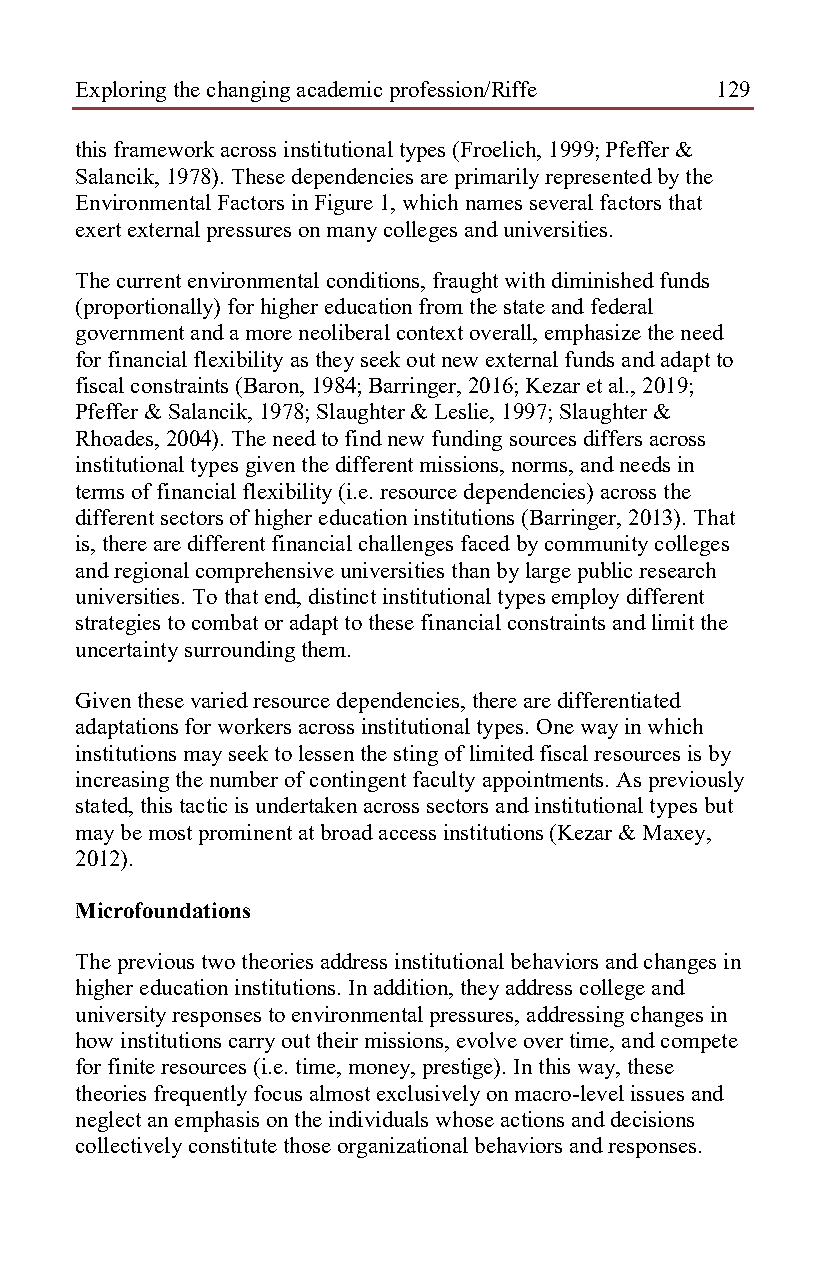
Exploring the changing academic profession/Riffe 129
 this framework across institutional types (Froelich, 1999; Pfeffer &
 Salancik, 1978). These dependencies are primarily represented by the
 Environmental Factors in Figure 1, which names several factors that
 exert external pressures on many colleges and universities.
 The current environmental conditions, fraught with diminished funds
 (proportionally) for higher education from the state and federal
 government and a more neoliberal context overall, emphasize the need
 for financial flexibility as they seek out new external funds and adapt to
 fiscal constraints (Baron, 1984; Barringer, 2016; Kezar et al., 2019;
 Pfeffer & Salancik, 1978; Slaughter & Leslie, 1997; Slaughter &
 Rhoades, 2004). The need to find new funding sources differs across
 institutional types given the different missions, norms, and needs in
 terms of financial flexibility (i.e. resource dependencies) across the
 different sectors of higher education institutions (Barringer, 2013). That
 is, there are different financial challenges faced by community colleges
 and regional comprehensive universities than by large public research
 universities. To that end, distinct institutional types employ different
 strategies to combat or adapt to these financial constraints and limit the
 uncertainty surrounding them.
 Given these varied resource dependencies, there are differentiated
 adaptations for workers across institutional types. One way in which
 institutions may seek to lessen the sting of limited fiscal resources is by
 increasing the number of contingent faculty appointments. As previously
 stated, this tactic is undertaken across sectors and institutional types but
 may be most prominent at broad access institutions (Kezar & Maxey,
 2012).
 Microfoundations
 The previous two theories address institutional behaviors and changes in
 higher education institutions. In addition, they address college and
 university responses to environmental pressures, addressing changes in
 how institutions carry out their missions, evolve over time, and compete
 for finite resources (i.e. time, money, prestige). In this way, these
 theories frequently focus almost exclusively on macro-level issues and
 neglect an emphasis on the individuals whose actions and decisions
 collectively constitute those organizational behaviors and responses.